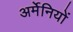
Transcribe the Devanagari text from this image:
अर्मेनियों